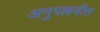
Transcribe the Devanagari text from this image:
अनुपल्लवीत